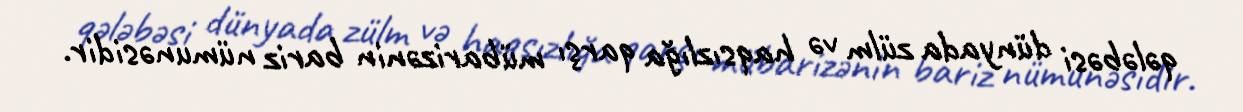
qələbəsi dünyada zülm və haqsızlığa qarşı mübarizənin bariz nümunəsidir.